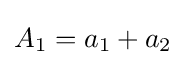
A_{1}=a_{1}+a_{2}